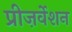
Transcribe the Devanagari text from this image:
प्रीज़र्वेशन